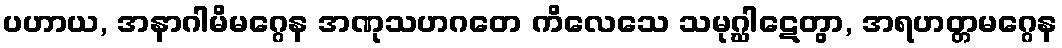
ပဟာယ, အနာဂါမိမဂ္ဂေန အဏုသဟဂတေ ကိလေသေ သမုဂ္ဃါဋေတွာ, အရဟတ္တမဂ္ဂေန